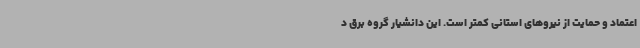
اعتماد و حمایت از نیروهای استانی کمتر است. این دانشیار گروه برق د